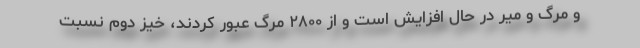
و مرگ و میر در حال افزایش است و از ۲۸۰۰ مرگ عبور کردند، خیز دوم نسبت